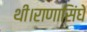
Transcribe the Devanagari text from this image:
थी।राणासिंघे